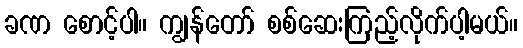
ခဏ စောင့်ပါ။ ကျွန်တော် စစ်ဆေးကြည့်လိုက်ပါ့မယ်။